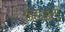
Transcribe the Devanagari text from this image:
आहाळली